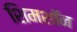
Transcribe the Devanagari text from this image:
शिमशॉन